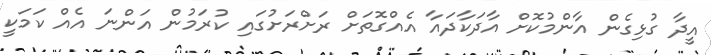
އީދާ ގުޅިގެން އާންމުކޮށް އާދަކާދައާ އެއްގޮތަށް ރަށްރަށުގައި ކުރަމުން އަންނަ އެއް ކަމަކީ